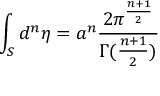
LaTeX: \int _ { S } { d ^ { n } } { \eta } = a ^ { n } \frac { 2 \pi ^ { \frac { n + 1 } { 2 } } } { \Gamma ( \frac { n + 1 } { 2 } ) }